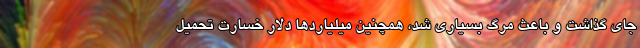
جای گذاشت و باعث مرگ بسیاری شد، همچنین میلیاردها دلار خسارت تحمیل